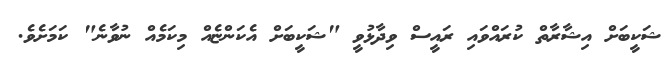
ޝަކީބަށް އިޝާރާތް ކުރައްވައި ރައީސް ވިދާޅުވީ "ޝަކީބަށް އެކަންޏެއް މިކަމެއް ނުވާނެ" ކަމަށެވެ.